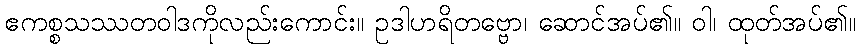
ဧကစ္စသဿတဝါဒကိုလည်းကောင်း။ ဥဒါဟရိတဗ္ဗော၊ ဆောင်အပ်၏။ ဝါ၊ ထုတ်အပ်၏။